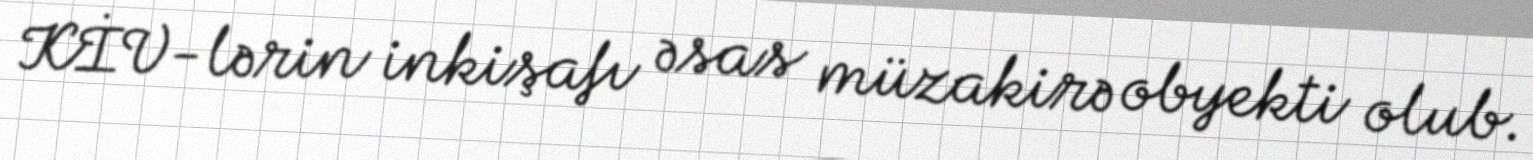
KİV-lərin inkişafı əsas müzakirə obyekti olub.